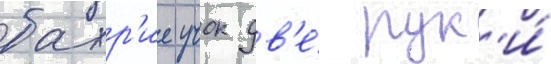
бахр'ие учок дв'е́ рук'и́